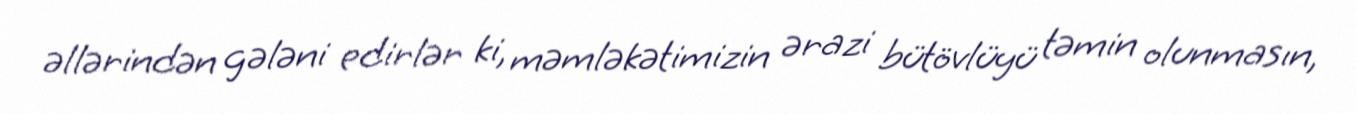
əllərindən gələni edirlər ki, məmləkətimizin ərazi bütövlüyü təmin olunmasın,